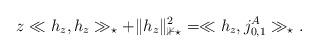
LaTeX: \begin{align*} z \ll h_z,h_z\gg_{\star}+ \Vert h_z\Vert_{\mathbb{1} \star}^2 =\ll h_z,j_{0,1}^A\gg_{\star}.\end{align*}